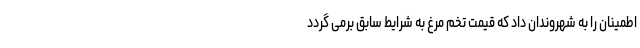
اطمینان را به شهروندان داد که قیمت تخم مرغ به شرایط سابق برمی گردد